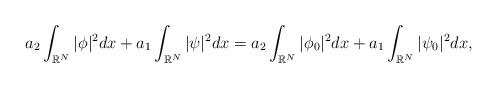
LaTeX: \begin{align*}\left.\begin{array}{ll}\displaystyle a_2\int_{\mathbb{R}^N}|\phi|^2dx+a_1\int_{\mathbb{R}^N}|\psi|^2dx=a_2\int_{\mathbb{R}^N}|\phi_0|^2dx+a_1\int_{\mathbb{R}^N}|\psi_0|^2dx,\end{array}\right.\end{align*}